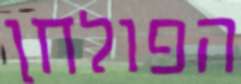
הפולחן